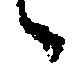
々